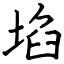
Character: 埳